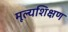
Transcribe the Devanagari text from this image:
मूल्यशिक्षण